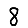
Digit: 8